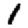
Digit: 1